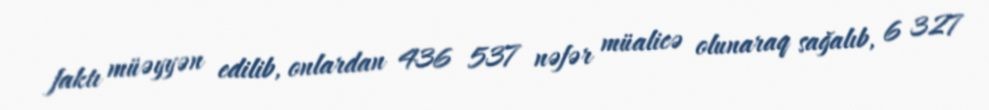
faktı müəyyən edilib, onlardan 436 537 nəfər müalicə olunaraq sağalıb, 6 327